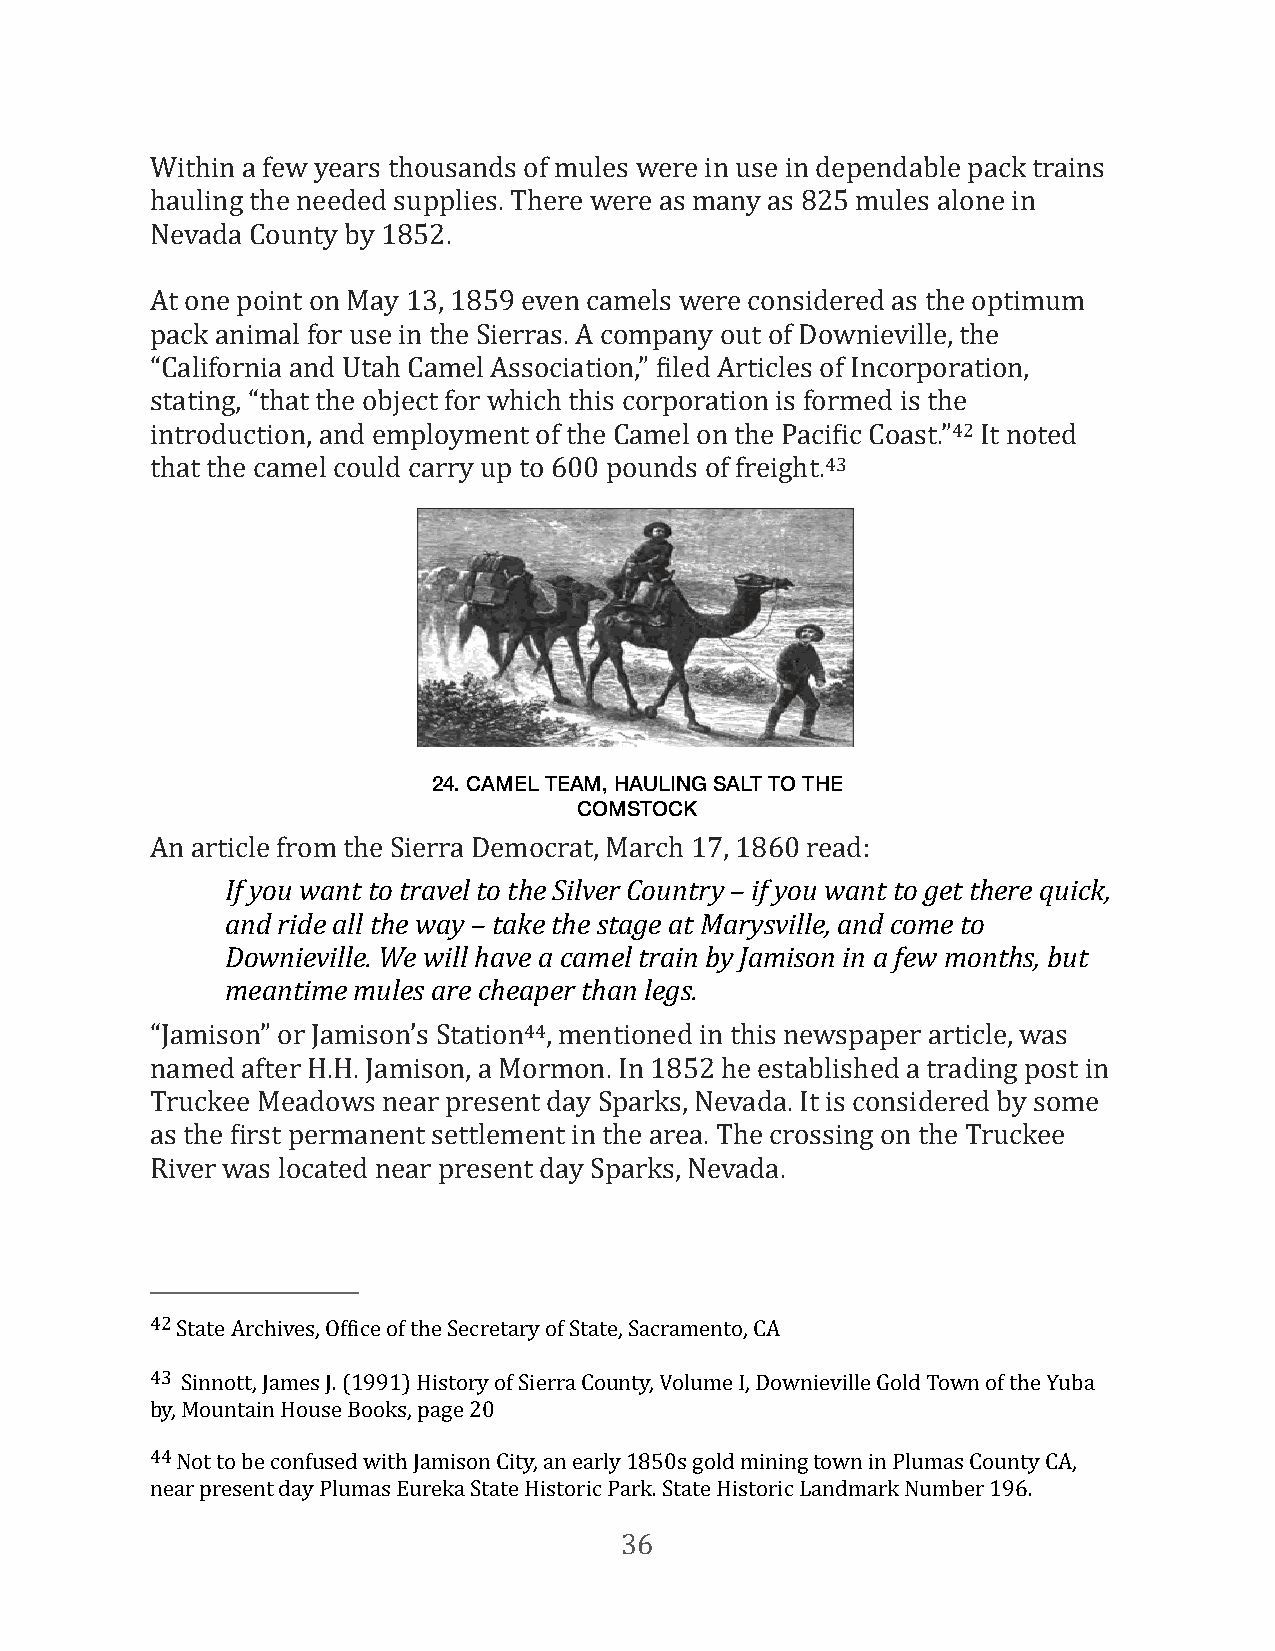
Within a few years thousands of mules were in use in dependable pack trains
 hauling the needed supplies. There were as many as 825 mules alone in
 Nevada County by 1852.
 At one point on May 13, 1859 even camels were considered as the optimum
 pack animal for use in the Sierras. A company out of Downieville, the
 “California and Utah Camel Association,” Filed Articles of Incorporation,
 stating, “that the object for which this corporation is formed is the
 introduction, and employment of the Camel on the PaciFic Coast.”42 It noted
 that the camel could carry up to 600 pounds of freight.43
 24. CAMEL TEAM, HAULING SALT TO THE
 COMSTOCK
 An article from the Sierra Democrat, March 17, 1860 read:
 If you want to travel to the Silver Country – if you want to get there quick,
 and ride all the way – take the stage at Marysville, and come to
 Downieville. We will have a camel train by Jamison in a few months, but
 meantime mules are cheaper than legs.
 “Jamison” or Jamison’s Station44, mentioned in this newspaper article, was
 named after H.H. Jamison, a Mormon. In 1852 he established a trading post in
 Truckee Meadows near present day Sparks, Nevada. It is considered by some
 as the First permanent settlement in the area. The crossing on the Truckee
 River was located near present day Sparks, Nevada.
 42 State Archives, OfFice of the Secretary of State, Sacramento, CA
 43 Sinnott, James J. (1991) History of Sierra County, Volume I, Downieville Gold Town of the Yuba
 by, Mountain House Books, page 20
 44 Not to be confused with Jamison City, an early 1850s gold mining town in Plumas County CA,
 near present day Plumas Eureka State Historic Park. State Historic Landmark Number 196.
 36